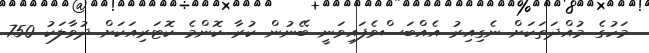
މަހުގެ މުއްދަތަކަށް ނެގިއިރު އެއްބަސްވެފައިވަނީ ބޭނުން ކުރާ ކޮންމެ ކޮޓަރިއަކަށް ދުވާލަކު 750